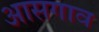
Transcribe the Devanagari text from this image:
आसगाव